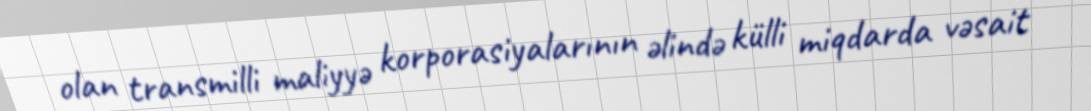
olan transmilli maliyyə korporasiyalarının əlində külli miqdarda vəsait